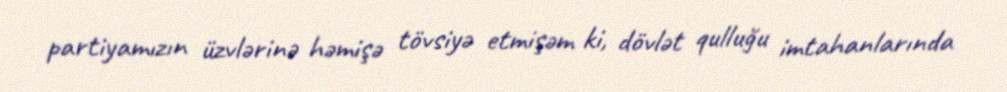
partiyamızın üzvlərinə həmişə tövsiyə etmişəm ki, dövlət qulluğu imtahanlarında